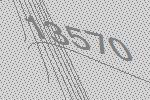
13570